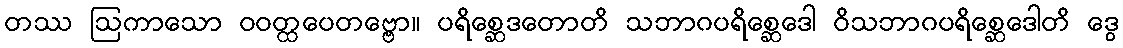
တဿ ဩကာသော ဝဝတ္ထပေတဗ္ဗော။ ပရိစ္ဆေဒတောတိ သဘာဂပရိစ္ဆေဒေါ ဝိသဘာဂပရိစ္ဆေဒေါတိ ဒွေ